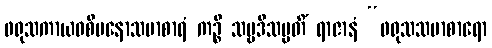
ဖရုသကာယဝစီမနောသမာစာရံ ကဉ္စိ သဗ္ဗဒိသမ္ပတိံ ရာဇာနံ “ဖရုသသမာစာရော